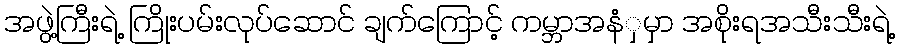
အဖွဲ့ကြီးရဲ့ ကြိုးပမ်းလုပ်ဆောင် ချက်ကြောင့် ကမ္ဘာအနံှမှာ အစိုးရအသီးသီးရဲ့